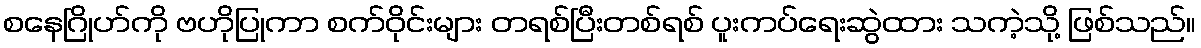
စနေဂြိုဟ်ကို ဗဟိုပြုကာ စက်ဝိုင်းများ တရစ်ပြီးတစ်ရစ် ပူးကပ်ရေးဆွဲထား သကဲ့သို့ ဖြစ်သည်။